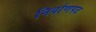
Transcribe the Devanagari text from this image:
निर्वाणपद